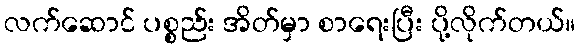
လက်ဆောင် ပစ္စည်း အိတ်မှာ စာရေးပြီး ပို့လိုက်တယ်။